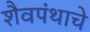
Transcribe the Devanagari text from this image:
शैवपंथाचे